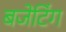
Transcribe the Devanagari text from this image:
बजेटिंग